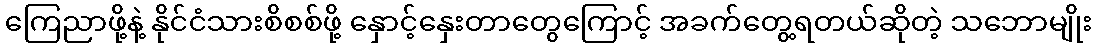
ကြေညာဖို့နဲ့ နိုင်ငံသားစိစစ်ဖို့ နှောင့်နှေးတာတွေကြောင့် အခက်တွေ့ရတယ်ဆိုတဲ့ သဘောမျိုး